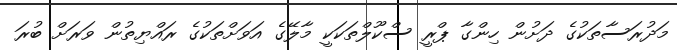
މަދުރަސާތަކުގެ ދަށުން ހިންގާ ޕްރީ ސްކޫލްތަކަކީ މާލޭގެ އަވަށްތަކުގެ ރައްޔިތުން ވަރަށް ބުރަ